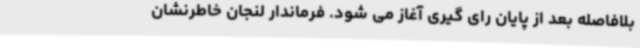
بلافاصله بعد از پایان رای گیری آغاز می شود. فرماندار لنجان خاطرنشان